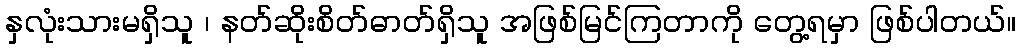
နှလုံးသားမရှိသူ ၊ နတ်ဆိုးစိတ်ဓာတ်ရှိသူ အဖြစ်မြင်ကြတာကို တွေ့ရမှာ ဖြစ်ပါတယ်။